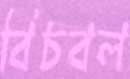
বিচবল